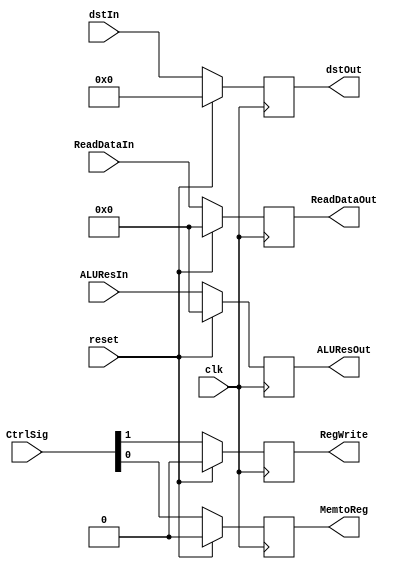
`timescale 1ns / 1ps
//////////////////////////////////////////////////////////////////////////////////
// Company: 
// Engineer: 
// 
// Design Name: 
// Module Name: MEM_WB
// Project Name: 
// Target Devices: 
// Tool Versions: 
// Description: 
// 
// Dependencies: 
// 
// Revision:
// Revision 0.01 - File Created
// Additional Comments:
// 
//////////////////////////////////////////////////////////////////////////////////


module MEM_WB(
input clk,reset,
input [1:0] CtrlSig,
input [31:0] ReadDataIn, ALUResIn,
input [4:0] dstIn,
output reg [4:0] dstOut,
output reg RegWrite,MemtoReg,
output reg [31:0] ReadDataOut,ALUResOut);

always@(posedge clk)
if(reset)
{dstOut,RegWrite,MemtoReg,ReadDataOut,ALUResOut} <= 0;
else begin
RegWrite <= CtrlSig[1];
MemtoReg <= CtrlSig[0];
ReadDataOut <= ReadDataIn;
ALUResOut <= ALUResIn;
dstOut <= dstIn;
end

endmodule